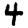
Digit: 4